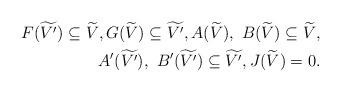
LaTeX: \begin{align*}F(\widetilde{V'})\subseteq\widetilde{V}, G(\widetilde{V})\subseteq\widetilde{V'},A(\widetilde{V}),\mbox{ }B(\widetilde{V})\subseteq\widetilde{V},\\ A'(\widetilde{V'}),\mbox{ }B'(\widetilde{V'})\subseteq\widetilde{V'},J(\widetilde{V})=0. \end{align*}